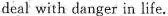
deal with danger in life.